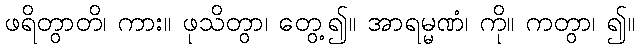
ဖရိတွာတိ၊ ကား။ ဖုသိတွာ၊ တွေ့၍။ အာရမ္မဏံ၊ ကို။ ကတွာ၊ ၍။